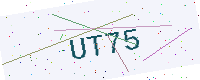
Text: UT75